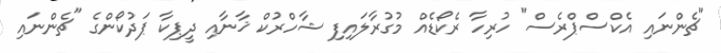
"ޗެންނައި އެކްސްޕްރެސް" ހުރިހާ ރެކޯޑެއް މުގުރާލައިފި ޝާހްރުކް ޚާނާއި ދީޕިކާ ޕަދުކޯންގެ "ޗެންނައި